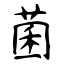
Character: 菌